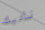
ناديك